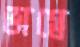
ভাগ্নে